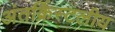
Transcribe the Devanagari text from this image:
अंतर्क्रिस्टलीय